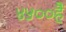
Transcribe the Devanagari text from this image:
४५००हैं